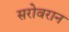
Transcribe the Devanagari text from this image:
सरोवरान